Document type: Sale
Year: 1461
Scribe: [Unknown]
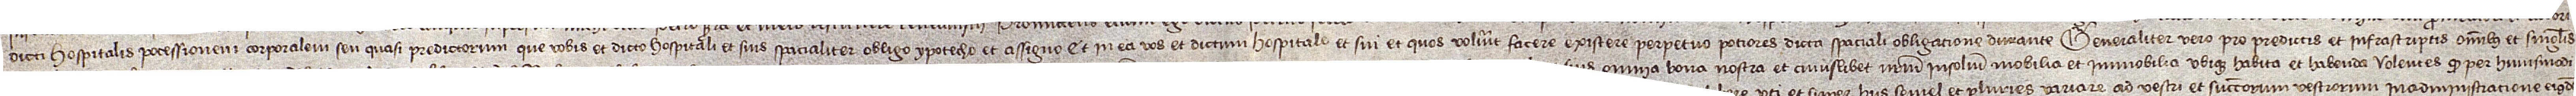
dicti hospitalis pocessionem corporalem seu quasi predictorum que vobis et dicto hospitali et suis spacialiter obligo, ypotecho et assigno, et in ea vos et dictum hospitale et sui et quos voluerit facere existere perpetuo potiores dicta spaciali obligatione durante. Generaliter vero pro predictis et infrascriptis omnibus et singulis